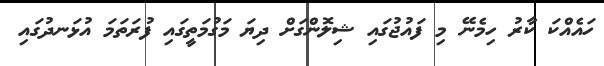
ހައެއްކަ ކާރު ހިމެނޭ މި ފައުޖުގައި ޝިލޮންގަށް ދިޔަ މަގުމަތީގައި ފުރަތަމަ އުޅަނދުގައި